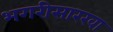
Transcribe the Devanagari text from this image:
भगरीसारखा